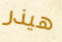
هيذر